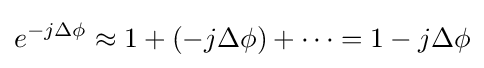
e^{-j\Delta \phi }\approx 1+({-j\Delta \phi })+\cdots =1-j\Delta \phi